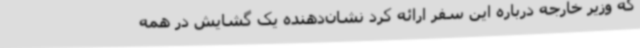
که وزیر خارجه درباره این سفر ارائه کرد نشان‌دهنده یک گشایش در همه